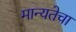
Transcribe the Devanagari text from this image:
मान्यतेचा